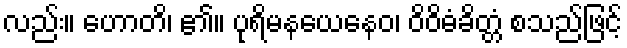
လည်း။ ဟောတိ၊ ၏။ ပုရိမနယေနေဝ၊ ဝိဝိဓံခိတ္တံ စသည်ဖြင့်